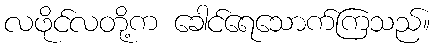
လဖိုင်လတို့က ခေါင်ရေသောက်ကြသည်။